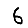
Digit: 6